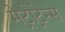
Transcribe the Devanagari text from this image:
मेट्रोट्रेन्स